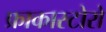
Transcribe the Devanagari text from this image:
फ्राकास्टोरो